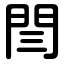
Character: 閆